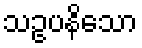
သဥပနိသော